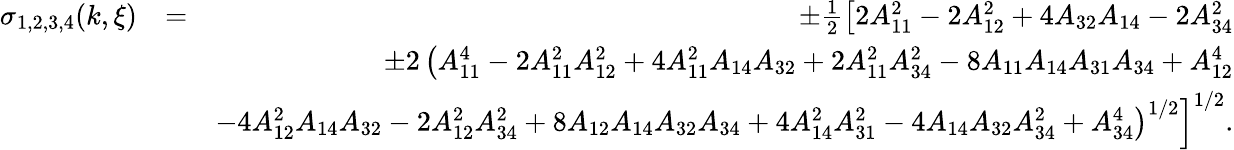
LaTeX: \begin{array}{rlr}{\sigma_{1,2,3,4}(k,\xi)}&{=}&{\pm\frac{1}{2}\left[2A_{11}^{2}-2A_{12}^{2}+4A_{32}A_{14}-2A_{34}^{2}\right.}\\ &{}&{\pm 2\left(A_{11}^{4}-2A_{11}^{2}A_{12}^{2}+4A_{11}^{2}A_{14}A_{32}+2A_{11}^{2}A_{34}^{2}-8A_{11}A_{14}A_{31}A_{34}+A_{12}^{4}\right.}\\ &{}&{\left.\left.-4A_{12}^{2}A_{14}A_{32}-2A_{12}^{2}A_{34}^{2}+8A_{12}A_{14}A_{32}A_{34}+4A_{14}^{2}A_{31}^{2}-4A_{14}A_{32}A_{34}^{2}+A_{34}^{4}\right)^{1/2}\right]^{1/2}.}\end{array}